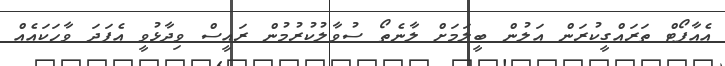
އެއާޕޯޓް ތަރައްގީކުރަން އަލުން ބީލަމަށް ލާނެތޯ ސުވާލުކުރުމުން ރައީސް ވިދާޅުވީ އެފަދަ ވާހަކައެއް